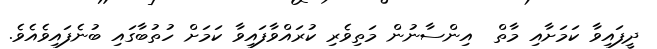
ދީފައިވާ ކަމަށާއި މާތް  އިންސާނުން މަތިވެރި ކުރައްވާފައިވާ ކަމަށް ހުތުބާގައި ބުނެފައިވެއެވެ.